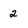
Character: 2